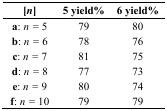
<table><thead><tr><td><b>[<i>n</i>]</b></td><td><b>5 yield%</b></td><td><b>6 yield%</b></td></tr></thead><tbody><tr><td><b>a</b>: <i>n =</i> 5</td><td>79</td><td>80</td></tr><tr><td><b>b</b>: <i>n =</i> 6</td><td>78</td><td>76</td></tr><tr><td><b>c</b>: <i>n =</i> 7</td><td>81</td><td>75</td></tr><tr><td><b>d</b>: <i>n =</i> 8</td><td>77</td><td>73</td></tr><tr><td><b>e</b>: <i>n =</i> 9</td><td>80</td><td>74</td></tr><tr><td><b>f</b>: <i>n =</i> 10</td><td>79</td><td>79</td></tr></tbody></table>